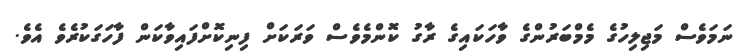
ނަމަވެސް މަޖިލިހުގެ މެމްބަރުންގެ ވާހަކައިގެ ރާގު ކޮންމެވެސް ވަރަކަށް ފިނިކޮށްފައިވާކަން ފާހަގަކުރެވެ އެވެ.